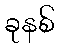
ခုနစ်